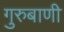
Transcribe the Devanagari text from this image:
गुरुबाणी